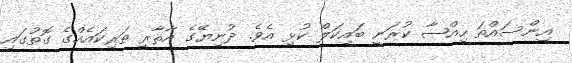
އިންސައްތަ ހިއްޞާ ކުރަނީ ބައިކަލް ކުޅި އެވެ. ދުނިޔޭގެ އާޘާރީ ތަރިކައެއްގެ ގޮތުގައި